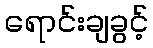
ရောင်းချခွင့်